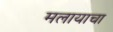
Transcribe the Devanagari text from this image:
मलायाचा